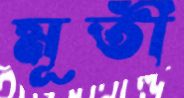
মূতী